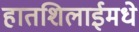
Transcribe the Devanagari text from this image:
हातशिलाईमधे